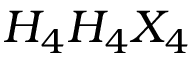
H _ { 4 } H _ { 4 } X _ { 4 }